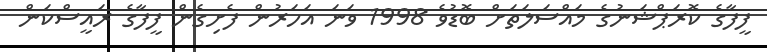
ފީފާގެ ކޮރަޕްޝަނުގެ މައްސަލަތަށް ބޮޑުވެ 1998 ވަނަ އަހަރުން ފެށިގެން ފީފާގެ ރައީސްކަން